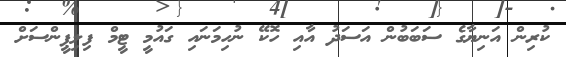
ކުރިން އަނިޔާގެ ސަބަބުން އަސަދު އާއި ހޮކޭ ނުހިމަނައި ގައުމީ ޓީމް ފިލިޕީންސަށް